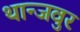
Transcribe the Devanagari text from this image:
थान्जवुर